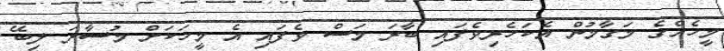
މީހެއްގެ މަގާމުން އެކަހެރިވެފައި ބާރަ މަސް ވެފައި އެ މީހަކަށް މުސާރަ ލިބޭ